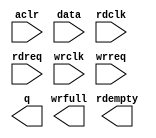
module rxlengthfifo_128x13 (
	aclr,
	data,
	rdclk,
	rdreq,
	wrclk,
	wrreq,
	q,
	rdempty,
	wrfull);

	input	  aclr;
	input	[14:0]  data;
	input	  rdclk;
	input	  rdreq;
	input	  wrclk;
	input	  wrreq;
	output	[14:0]  q;
	output	  rdempty;
	output	  wrfull;
`ifndef ALTERA_RESERVED_QIS
// synopsys translate_off
`endif
	tri0	  aclr;
`ifndef ALTERA_RESERVED_QIS
// synopsys translate_on
`endif

endmodule